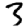
Digit: 3